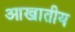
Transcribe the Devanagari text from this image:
आखातीय